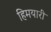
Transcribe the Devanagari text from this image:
हिमयारी